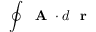
\oint \mathrm { ~ \bf ~ A ~ } \cdot d \mathrm { ~ \bf ~ r ~ }